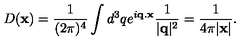
D ( { \bf x } ) = \frac { 1 } { ( 2 \pi ) ^ { 4 } } \int d ^ { 3 } q e ^ { i { \bf q . x } } \frac { 1 } { | { \bf q } | ^ { 2 } } = \frac { 1 } { 4 \pi | { \bf x } | } .